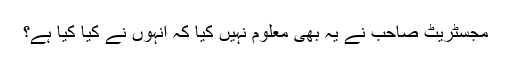
مجسٹریٹ صاحب نے یہ بھی معلوم نہیں کیا کہ انہوں نے کیا کیا ہے؟